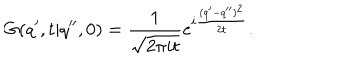
LaTeX: G ( q ^ { \prime } , t | q ^ { \prime \prime } , 0 ) = { \frac { 1 } { \sqrt { 2 \pi i t } } } e ^ { i { \frac { ( q ^ { \prime } - q ^ { \prime \prime } ) ^ { 2 } } { 2 t } } } .